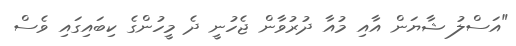
"އަސްލު ޝާޔަން އާއި މުއާ ދުރުވާން ޖެހުނީ ދެ މީހުންގެ ކިބައިގައި ވެސް